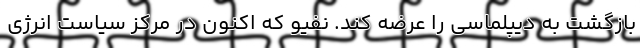
بازگشت به دیپلماسی را عرضه کند. نفیو که اکنون در مرکز سیاست انرژی